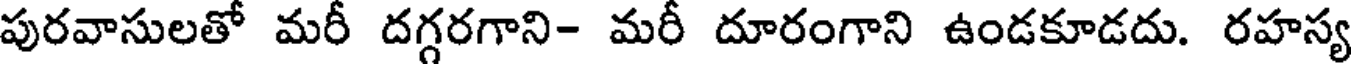
పురవాసులతో మరీ దగ్గరగాని- మరీ దూరంగాని ఉండకూడదు. రహస్య